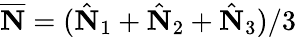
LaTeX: \overline{{\mathbf N}}=(\hat{\mathbf N}_{1}+\hat{\mathbf N}_{2}+\hat{\mathbf N}_{3})/3